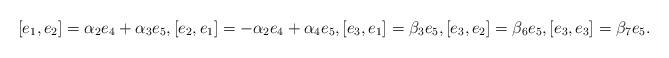
LaTeX: \begin{align*} [e_1, e_2]=\alpha_2e_4+ \alpha_3e_5, [e_2, e_1]=-\alpha_2e_4+\alpha_4e_5, [e_3, e_1]=\beta_3e_5, [e_3, e_2]=\beta_6e_5, [e_3, e_3]=\beta_7e_5.\end{align*}